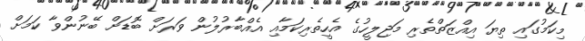
މިކަމުގައި ތިޔަ އިއްޒަަތްތެރި މަޖިލީހުގެ އެހީތެރިކަމާއި އެއްބާރުލުން ވަރަށް ބޮޑަށް ބޭނުންވާ ކަމަށް